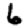
Digit: 6